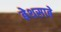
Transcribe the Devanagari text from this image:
बेथसाबे